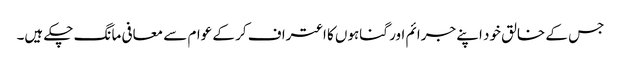
جس کے خالق خود اپنے جرائم اور گناہوں کا اعتراف کر کے عوام سے معافی مانگ چکے ہیں۔